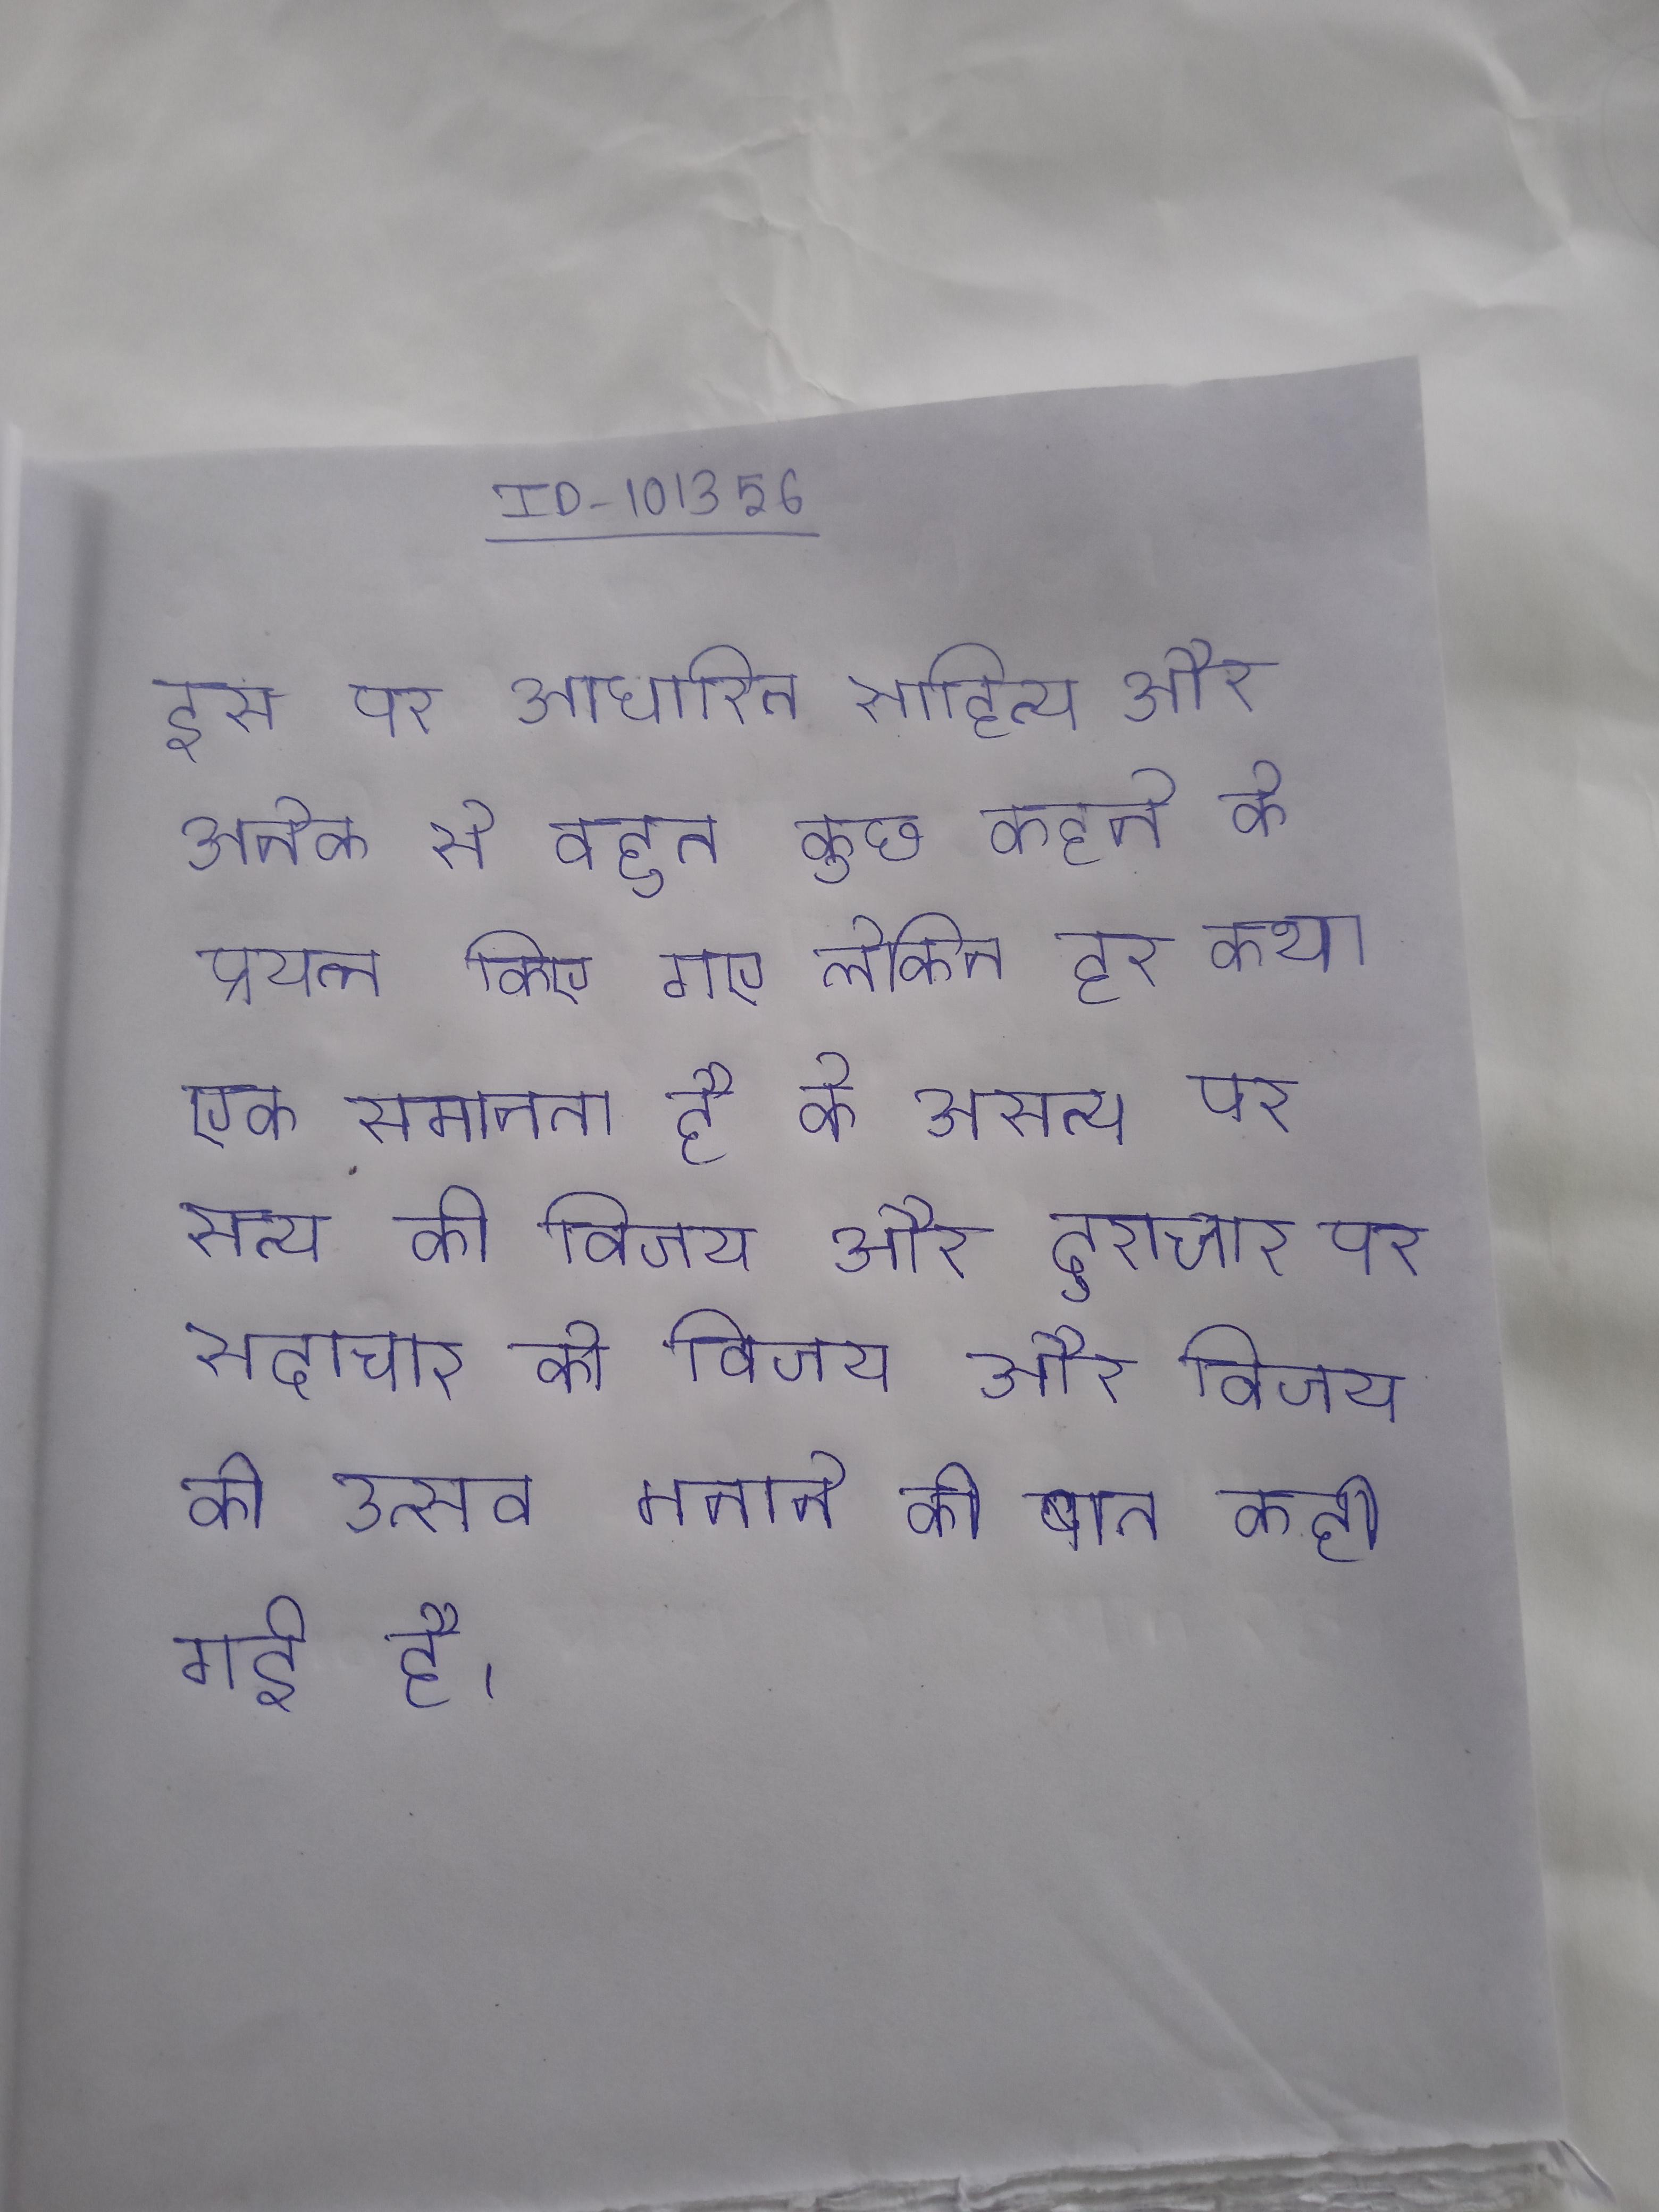
इस पर आधारित साहित्य और अनेक से बहुत कुछ कहने के प्रयत्न किए गए लेकिन हर कथा एक समानता है कि असत्य पर सत्य की विजय और दुराचार पर सदाचार की विजय और विजय को उत्सव मनाने की बात कही गई है ।